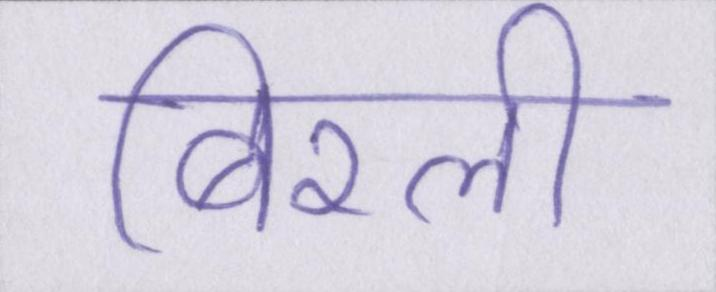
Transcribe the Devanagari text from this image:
बिरली